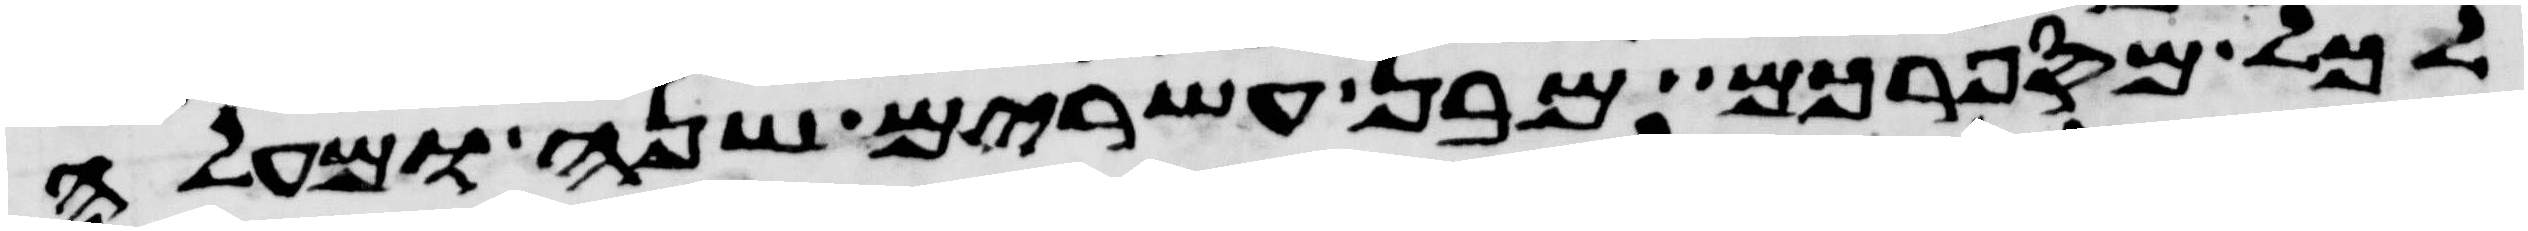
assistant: לכל מספרכם מבן עשרים שנה ומעלה